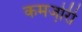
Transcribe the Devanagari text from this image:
कमजो़री